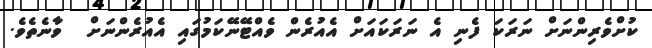
ކުށްވެރިންނަށް ނަރަކަ ފެނި އެ ނަރަކައަށް އެއުރެން ވެއްޓޭނޭކަމުގައި އެއުރެންނަށް  ވާނެތެވެ.